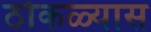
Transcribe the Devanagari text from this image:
ठोकळ्यास